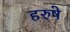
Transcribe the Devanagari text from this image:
हरुषे